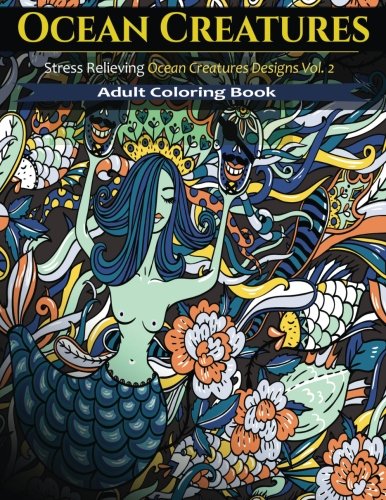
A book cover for Ocean Creatures: 35 Creative Stress Relieving Ocean Animal designs(Adult Coloring Books); Adult Coloring Books; Arts & Photography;